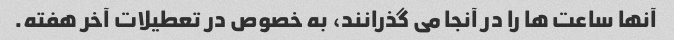
آنها ساعت ها را در آنجا می گذرانند، به خصوص در تعطیلات آخر هفته.